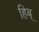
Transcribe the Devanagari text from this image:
हिब्